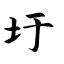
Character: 圩